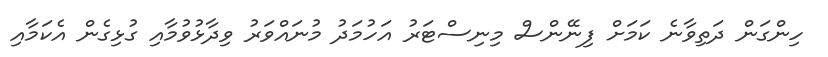
ހިންގަން ދަތިވާނެ ކަމަށް ފިނޭންސް މިނިސްޓަރު އަހުމަދު މުނައްވަރު ވިދާޅުވުމާއި ގުޅިގެން އެކަމާއި